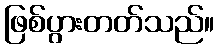
ဖြစ်ပွားတတ်သည်။